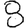
Digit: 8